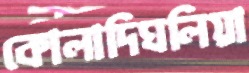
কোলাদিঘলিয়া